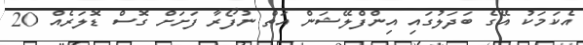
އެކަމަކު އޭގެ ބަދަލުގައި އިންފްލޭޝަން އަތް ނުފޯރާ ފަށަަށް ގޮސް ޑޮލަރެއް 20